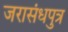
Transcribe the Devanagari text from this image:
जरासंधपुत्र